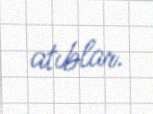
atıblar.